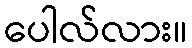
ပေါလ်လား။